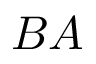
B A